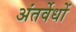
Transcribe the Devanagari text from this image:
अंतर्वेधों